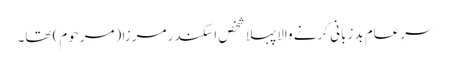
سرِعام بدزبانی کرنے والا پہلا شخص اسکندر مرزا (مرحوم) تھا۔